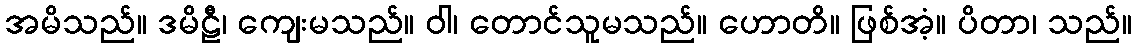
အမိသည်။ ဒမိဠီ၊ ကျေးမသည်။ ဝါ၊ တောင်သူမသည်။ ဟောတိ။ ဖြစ်အံ့။ ပိတာ၊ သည်။